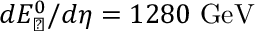
d E _ { \perp } ^ { 0 } / d \eta = 1 2 8 0 \ \mathrm { G e V }